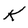
Character: K